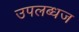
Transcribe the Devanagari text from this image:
उपलब्धज